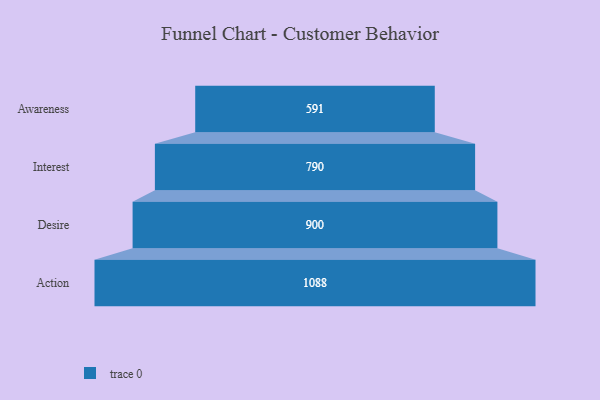
{"axis": {"x": "Stage", "y": "Value"}, "legend": [""], "data": [{"x": "Awareness", "y": 591.0, "type": ""}, {"x": "Interest", "y": 790.0, "type": ""}, {"x": "Desire", "y": 900.0, "type": ""}, {"x": "Action", "y": 1088.0, "type": ""}]}